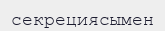
секрециясымен